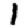
Digit: 1